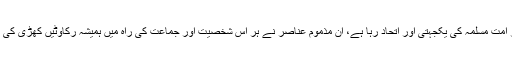
ملک دشمن قوتوں کے لئے سب سے زیادہ تکلیف دہ امر امت مسلمہ کی یکجہتی اور اتحاد رہا ہے، ان مذموم عناصر نے ہر اس شخصیت اور جماعت کی راہ میں ہمیشہ رکاوٹیں کھڑی کی ہیں، جو اتحاد بین المسلمین کے فروغ کی بات کرتا ہے۔